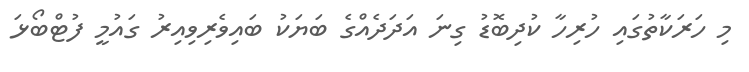
މި ހަރަކާތުގައި ހުރިހާ ކުދިބޮޑު ގިނަ އަދަދެއްގެ ބަޔަކު ބައިވެރިވިއިރު ގައުމީ ފުޓްބޯޅަ